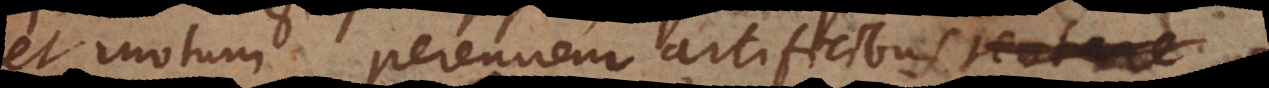
et motum perennem artificibus